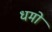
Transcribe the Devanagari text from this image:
धमो